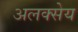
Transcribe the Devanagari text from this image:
अलक्सेय